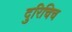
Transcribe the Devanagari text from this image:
दुरिचिच